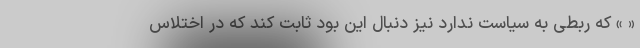
« » که ربطی به سیاست ندارد نیز دنبال این بود ثابت کند که در اختلاس